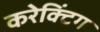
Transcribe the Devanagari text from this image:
करेक्टिंग